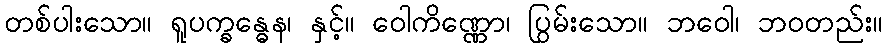
တစ်ပါးသော။ ရူပက္ခန္ဓေန၊ နှင့်။ ဝေါကိဏ္ဏော၊ ပြွမ်းသော။ ဘဝေါ၊ ဘဝတည်း။